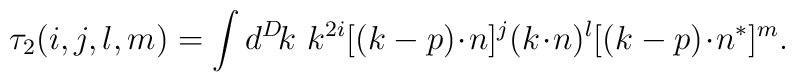
\tau_2(i,j,l,m)=\int d^D\! k\,\,k^{2i}[(k-p)\!\cdot\! n]^j (k\!\cdot\!n)^l [(k-p)\!\cdot \!n^*]^m.